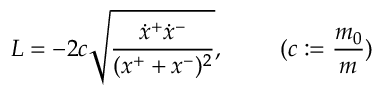
L = - 2 c \sqrt { \frac { \dot { x } ^ { + } \dot { x } ^ { - } } { ( x ^ { + } + x ^ { - } ) ^ { 2 } } } , ~ ~ ~ ~ ~ ~ ~ ( c : = \frac { m _ { 0 } } { m } )